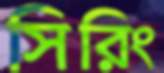
সিরিং